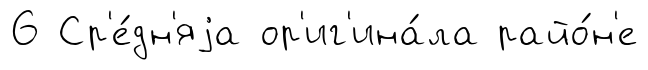
6 Ср'е́дн'яjа ор'иг'ина́ла райо́н'е